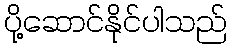
ပို့ဆောင်နိုင်ပါသည်